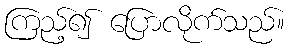
ကြည့်၍ ပြောလိုက်သည်။